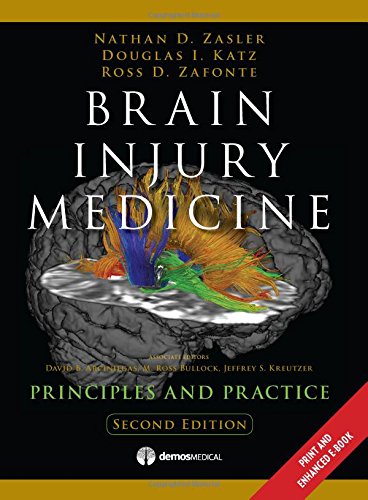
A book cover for Brain Injury Medicine, 2nd Edition: Principles and Practice; Medical Books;